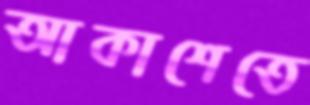
আকাশেতে